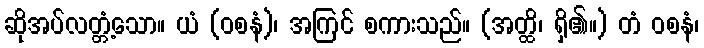
ဆိုအပ်လတ္တံ့သော။ ယံ (ဝစနံ)၊ အကြင် စကားသည်။ (အတ္ထိ၊ ရှိ၏။) တံ ဝစနံ၊